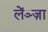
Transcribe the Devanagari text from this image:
लेंञ्ज़ा